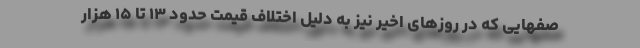
صفهایی که در روزهای اخیر نیز به دلیل اختلاف قیمت حدود ۱۳ تا ۱۵ هزار